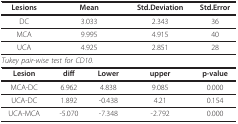
<table><thead><tr><td><b>Lesions</b></td><td colspan="2"><b>Mean</b></td><td><b>Std.Deviation</b></td><td><b>Std.Error</b></td></tr></thead><tbody><tr><td>DC</td><td colspan="2">3.033</td><td>2.343</td><td>36</td></tr><tr><td>MCA</td><td colspan="2">9.995</td><td>4.915</td><td>40</td></tr><tr><td>UCA</td><td colspan="2">4.925</td><td>2.851</td><td>28</td></tr><tr><td colspan="3"><i>Tukey pair-wise test for CD10.</i></td><td></td><td></td></tr><tr><td><b>Lesion</b></td><td><b>diff</b></td><td><b>Lower</b></td><td><b>upper</b></td><td><b>p-value</b></td></tr><tr><td>MCA-DC</td><td>6.962</td><td>4.838</td><td>9.085</td><td>0.000</td></tr><tr><td>UCA-DC</td><td>1.892</td><td>-0.438</td><td>4.21</td><td>0.154</td></tr><tr><td>UCA-MCA</td><td>-5.070</td><td>-7.348</td><td>-2.792</td><td>0.000</td></tr></tbody></table>